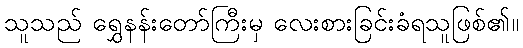
သူသည် ရွှေနန်းတော်ကြီးမှ လေးစားခြင်းခံရသူဖြစ်၏။